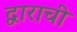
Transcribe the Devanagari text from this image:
द्वाराची